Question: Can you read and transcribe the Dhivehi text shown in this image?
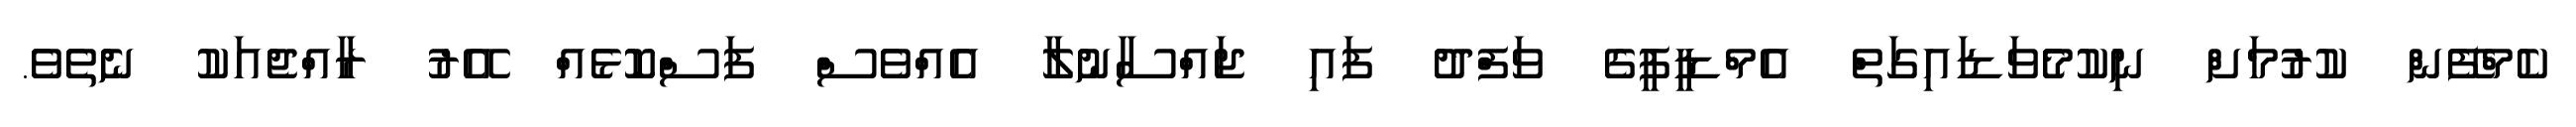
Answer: ކެމްފޭން ކުރުމަށް ނިކުމެެވަޑައިގަތް އެމްޑީޕީގެ ވަފްދު ފައި ޖައްސާނުލާ އެއްވެސް ފަސްކޮޅެއް އޭރު ރާއްޖެއަކު ނެތެވެ.